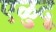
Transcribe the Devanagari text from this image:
एळुदू